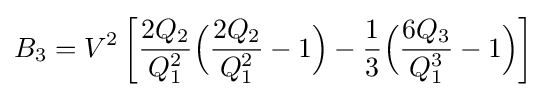
B_{3}=V^{2}\left[{\frac {2Q_{2}}{Q_{1}^{2}}}{\Big (}{\frac {2Q_{2}}{Q_{1}^{2}}}-1{\Big )}-{\frac {1}{3}}{\Big (}{\frac {6Q_{3}}{Q_{1}^{3}}}-1{\Big )}\right]